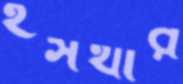
ইসথার